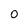
Character: O